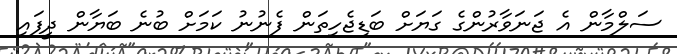
ސަލްމާން އެ ޖަނަވާރުންގެ ގަޔަށް ބަޑިޖެހިތަން ފެނުނު ކަމަށް ބުނެ ބަޔާން ދީފައި